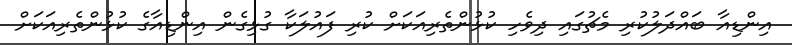
އިންޑިއާ ބައްދަލުކުރި މެޗުގައި ދިވެހި ކުޅުންތެރިއަކަށް ކުރި ފައުލަކާ ގުޅިގެން އިންޑިއާގެ ކުޅުންތެރިއަކަށް